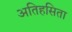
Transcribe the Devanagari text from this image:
अतिहसिता